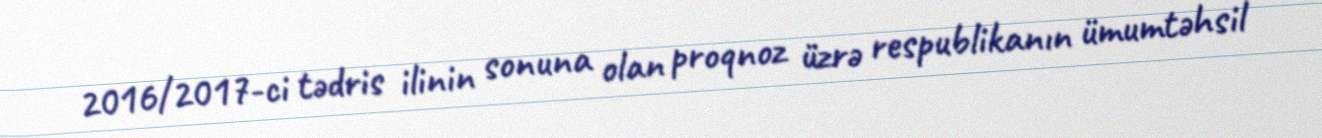
2016/2017-ci tədris ilinin sonuna olan proqnoz üzrə respublikanın ümumtəhsil